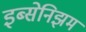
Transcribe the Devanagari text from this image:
इब्सेनिझम